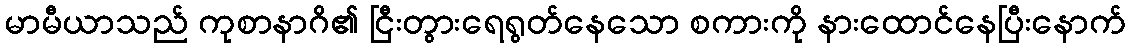
မာမီယာသည် ကုစာနာဂိ၏ ငြီးတွားရေရွတ်နေသော စကားကို နားထောင်နေပြီးနောက်